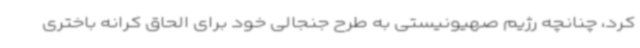
کرد، چنانچه رژیم صهیونیستی به طرح جنجالی خود برای الحاق کرانه باختری